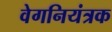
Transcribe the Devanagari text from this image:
वेगनियंत्रक